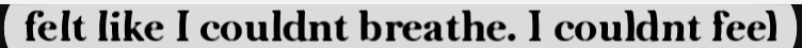
felt like I couldnt breathe. I couldnt feel